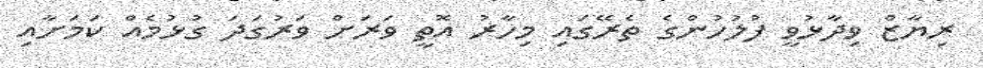
ރިޔާޒް ވިދާޅުވީ ފުލުހުންގެ ތެރޭގައި މިހާރު އޮތީ ވަރަށް ވަރުގަދަ ގުޅުމެއް ކަމަށާއި